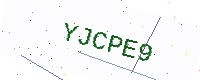
Text: YJCPE9